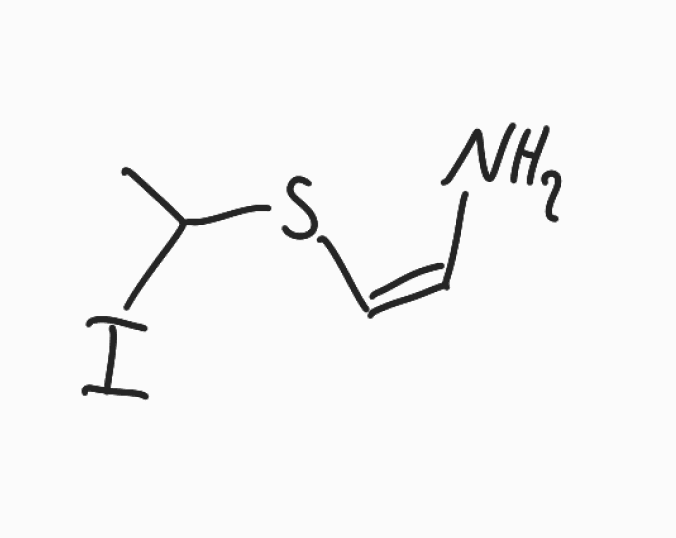
Simplified molecular-input line-entry system (SMILES) notation of the given molecule:
CC(S/C=C\N)I